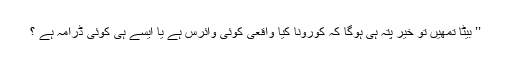
’’ بیٹا تمھیں تو خیر پتہ ہی ہوگا کہ کورونا کیا واقعی کوئی وائرس ہے یا ایسے ہی کوئی ڈرامہ ہے ؟